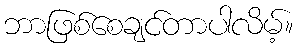
ဘာဖြစ်စေချင်တာပါလိမ့်။